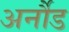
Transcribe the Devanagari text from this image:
अर्नौड